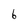
Character: 6